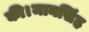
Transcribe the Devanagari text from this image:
की।मानसिंह